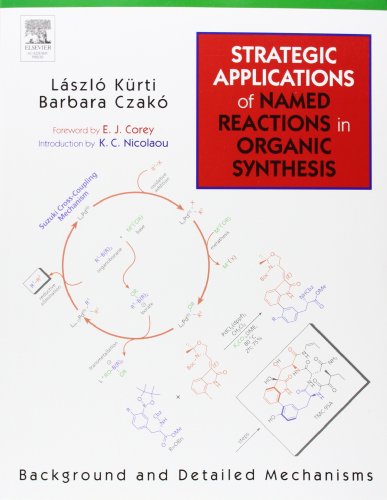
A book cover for Strategic Applications of Named Reactions in Organic Synthesis; Laszlo Kurti; Science & Math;